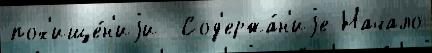
пох'ище́н'иjи  Сод'ержа́н'иjе Начало